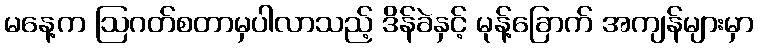
မနေ့က ဩဂတ်စတာမှပါလာသည့် ဒိန်ခဲနှင့် မုန့်ခြောက် အကျန်များမှာ